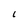
Character: 6